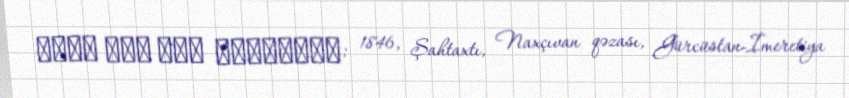
محمد آغا شاه تختینسقی; 1846, Şahtaxtı, Naxçıvan qəzası, Gürcüstan-İmeretiya